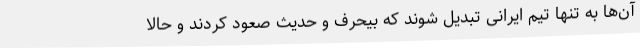
آن‌ها به تنها تیم ایرانی تبدیل شوند که بیحرف و حدیث صعود کردند و حالا